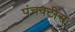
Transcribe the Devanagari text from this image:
पंचवटीस